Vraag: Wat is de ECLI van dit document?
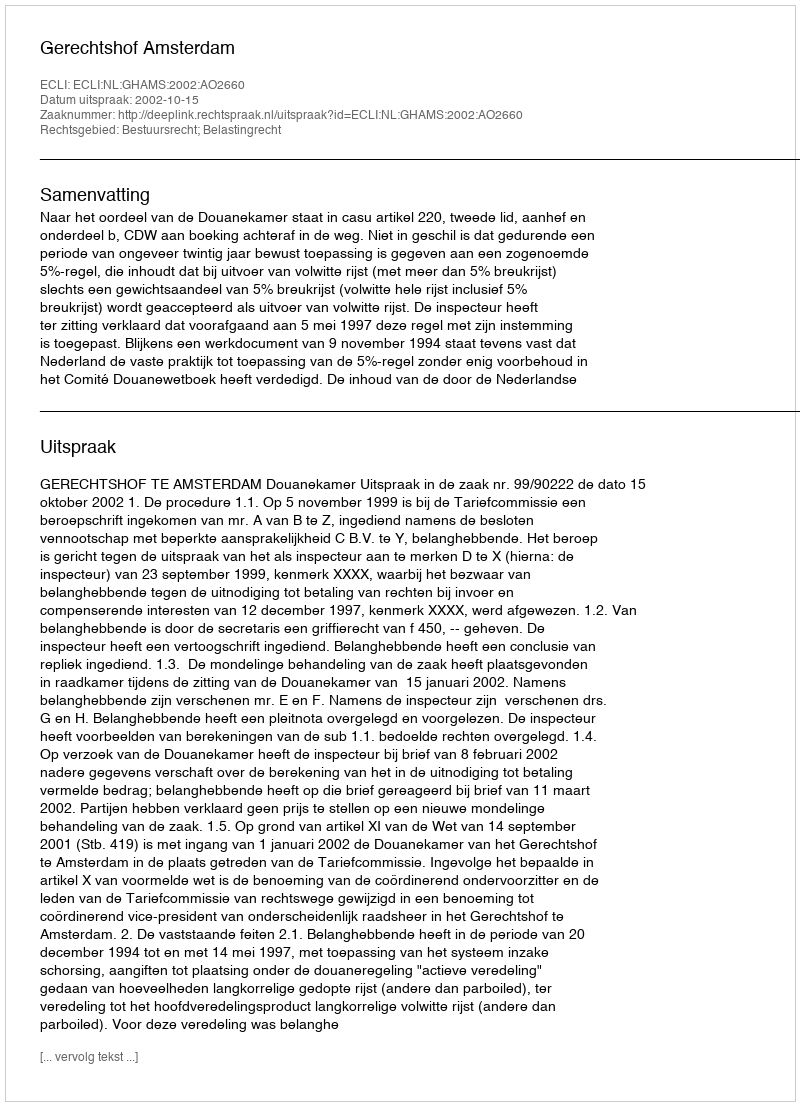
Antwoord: ECLI:NL:GHAMS:2002:AO2660